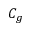
C _ { g }